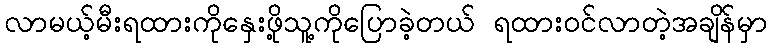
လာမယ့်မီးရထားကိုနှေးဖို့သူ့ကိုပြောခဲ့တယ် ရထားဝင်လာတဲ့အချိန်မှာ